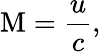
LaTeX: \mathrm{M}={\frac{u}{c}},